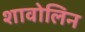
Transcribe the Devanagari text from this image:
शावोलिन